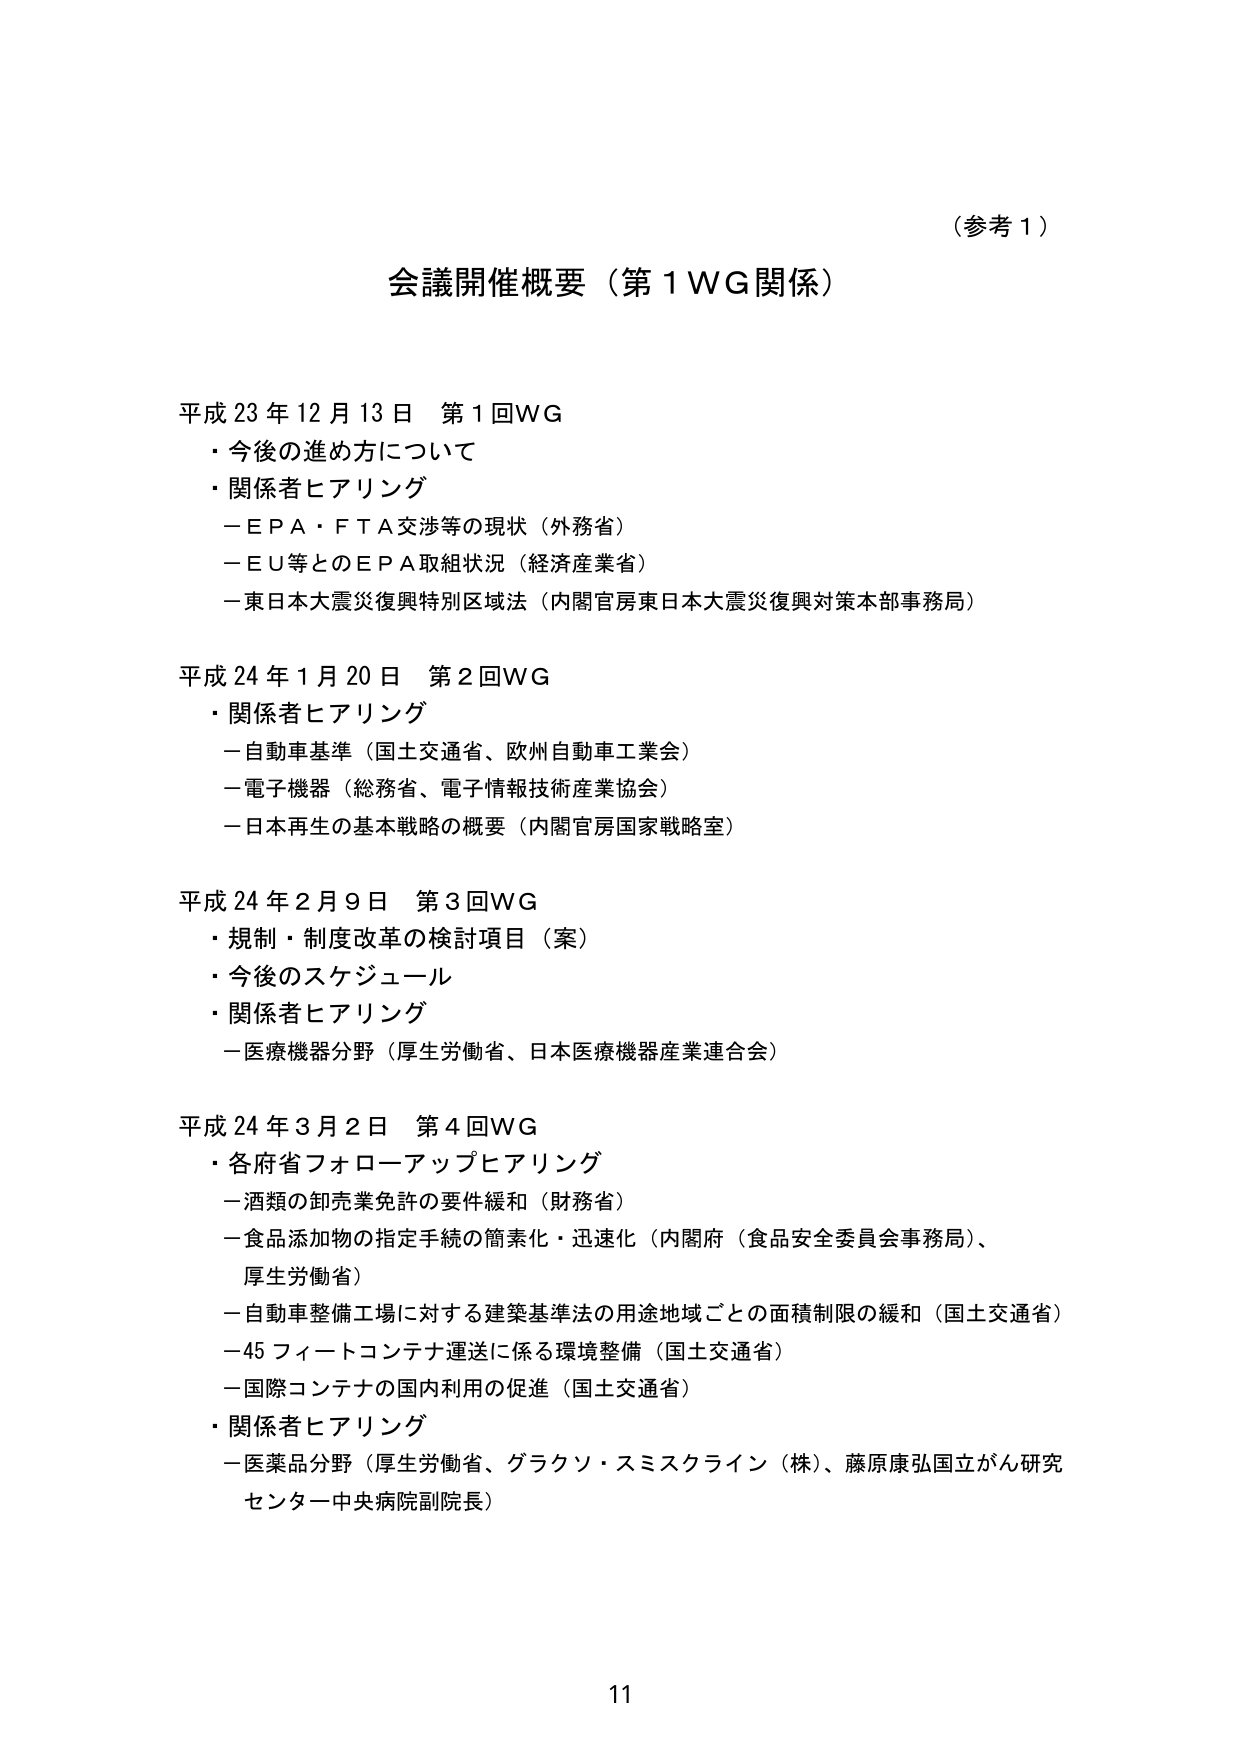
（参考１）

会議開催概要（第１ＷＧ関係）

平成23年12月13日 第1回ＷＧ
・今後の進め方について
・関係者ヒアリング
　－ＥＰＡ・ＦＴＡ交渉等の現状（外務省）
　－ＥＵ等とのＥＰＡ取組状況（経済産業省）
　－東日本大震災復興特別区域法（内閣官房東日本大震災復興対策本部事務局）

平成24年1月20日 第2回ＷＧ
・関係者ヒアリング
　－自動車基準（国土交通省、欧州自動車工業会）
　－電子機器（総務省、電子情報技術産業協会）
　－日本再生の基本戦略の概要（内閣官房国家戦略室）

平成24年2月9日 第3回ＷＧ
・規制・制度改革の検討項目（案）
・今後のスケジュール
・関係者ヒアリング
　－医療機器分野（厚生労働省、日本医療機器産業連合会）

平成24年3月2日 第4回ＷＧ
・各府省フォローアップヒアリング
　－酒類の卸売業免許の要件緩和（財務省）
　－食品添加物の指定手続の簡素化・迅速化（内閣府（食品安全委員会事務局）、厚生労働省）
　－自動車整備工場に対する建築基準法の用途地域ごとの面積制限の緩和（国土交通省）
　－45フィートコンテナ運送に係る環境整備（国土交通省）
　－国際コンテナの国内利用の促進（国土交通省）
・関係者ヒアリング
　－医薬品分野（厚生労働省、グラクソ・スミスクライン（株）、藤原康弘国立がん研究センター中央病院副院長）

11